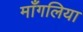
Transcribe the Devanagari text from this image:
माँगलिया